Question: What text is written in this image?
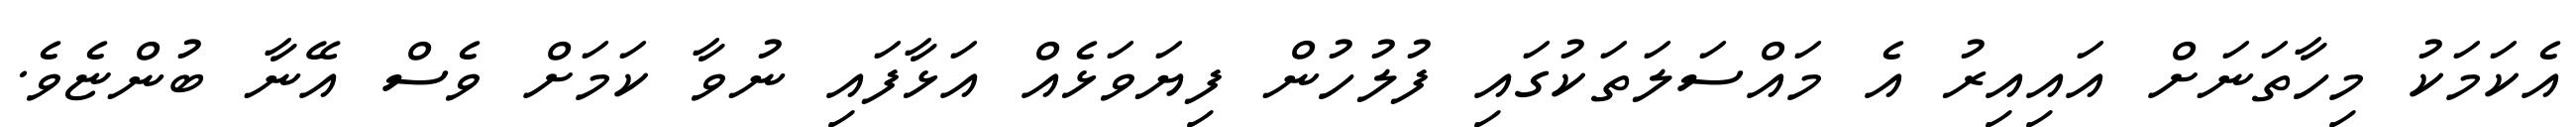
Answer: އެކަމަކު މިހާތަނަށް އައިއިރު އެ މައްސަލަތަކުގައި ފުލުހުން ފިޔަވަޅެއް އަޅާފައި ނުވާ ކަމަށް ވެސް އޭނާ ބުންޏެވެ.